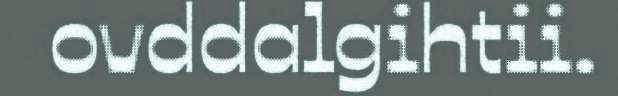
ovddalgihtii.